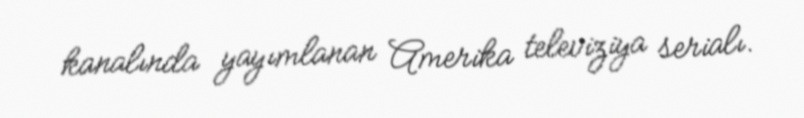
kanalında yayımlanan Amerika televiziya serialı.